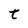
Character: t